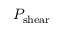
P _ { \mathrm { s h e a r } }